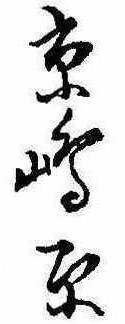
京島原